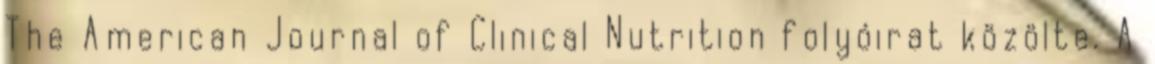
The American Journal of Clinical Nutrition folyóirat közölte. A